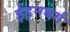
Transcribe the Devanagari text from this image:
ईड्नबर्ग